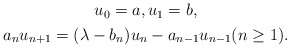
\begin{align*} \begin{gathered} u_0 = a, u_1 = b, \\ a_n u_{n+1} = (\lambda - b_n) u_n - a_{n-1} u_{n-1} (n \geq 1). \end{gathered}\end{align*}